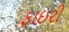
ફાઇરી